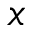
x